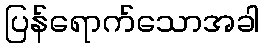
ပြန်ရောက်သောအခါ